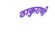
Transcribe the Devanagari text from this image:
ठाकुराणी